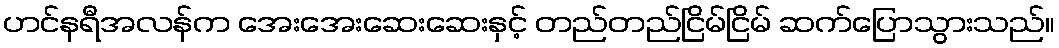
ဟင်နရီအလန်က အေးအေးဆေးဆေးနှင့် တည်တည်ငြိမ်ငြိမ် ဆက်ပြောသွားသည်။